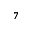
^ 7